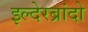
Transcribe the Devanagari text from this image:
इल्देरब्रांदो